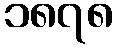
၁၈၇၈